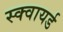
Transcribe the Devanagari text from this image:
स्क्वायर्ड